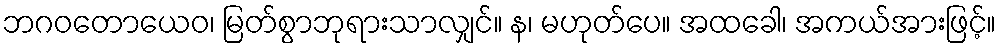
ဘဂဝတောယေဝ၊ မြတ်စွာဘုရားသာလျှင်။ န၊ မဟုတ်ပေ။ အထခေါ၊ အကယ်အားဖြင့်။